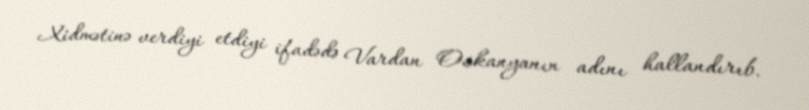
Xidmətinə verdiyi etdiyi ifadədə Vardan Oskanyanın adını hallandırıb.